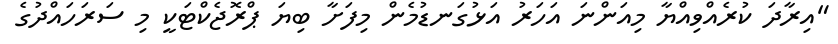
"އިރާދަ ކުރެއްވިއްޔާ މިއަންނަ އަހަރު އަޅުގަނޑުމެން މިފަށާ ބިޔަ ޕްރޮޖެކްޓަކީ މި ސަރަހައްދުގެ